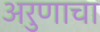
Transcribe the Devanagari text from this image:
अरुणाचा